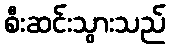
စီးဆင်းသွားသည်